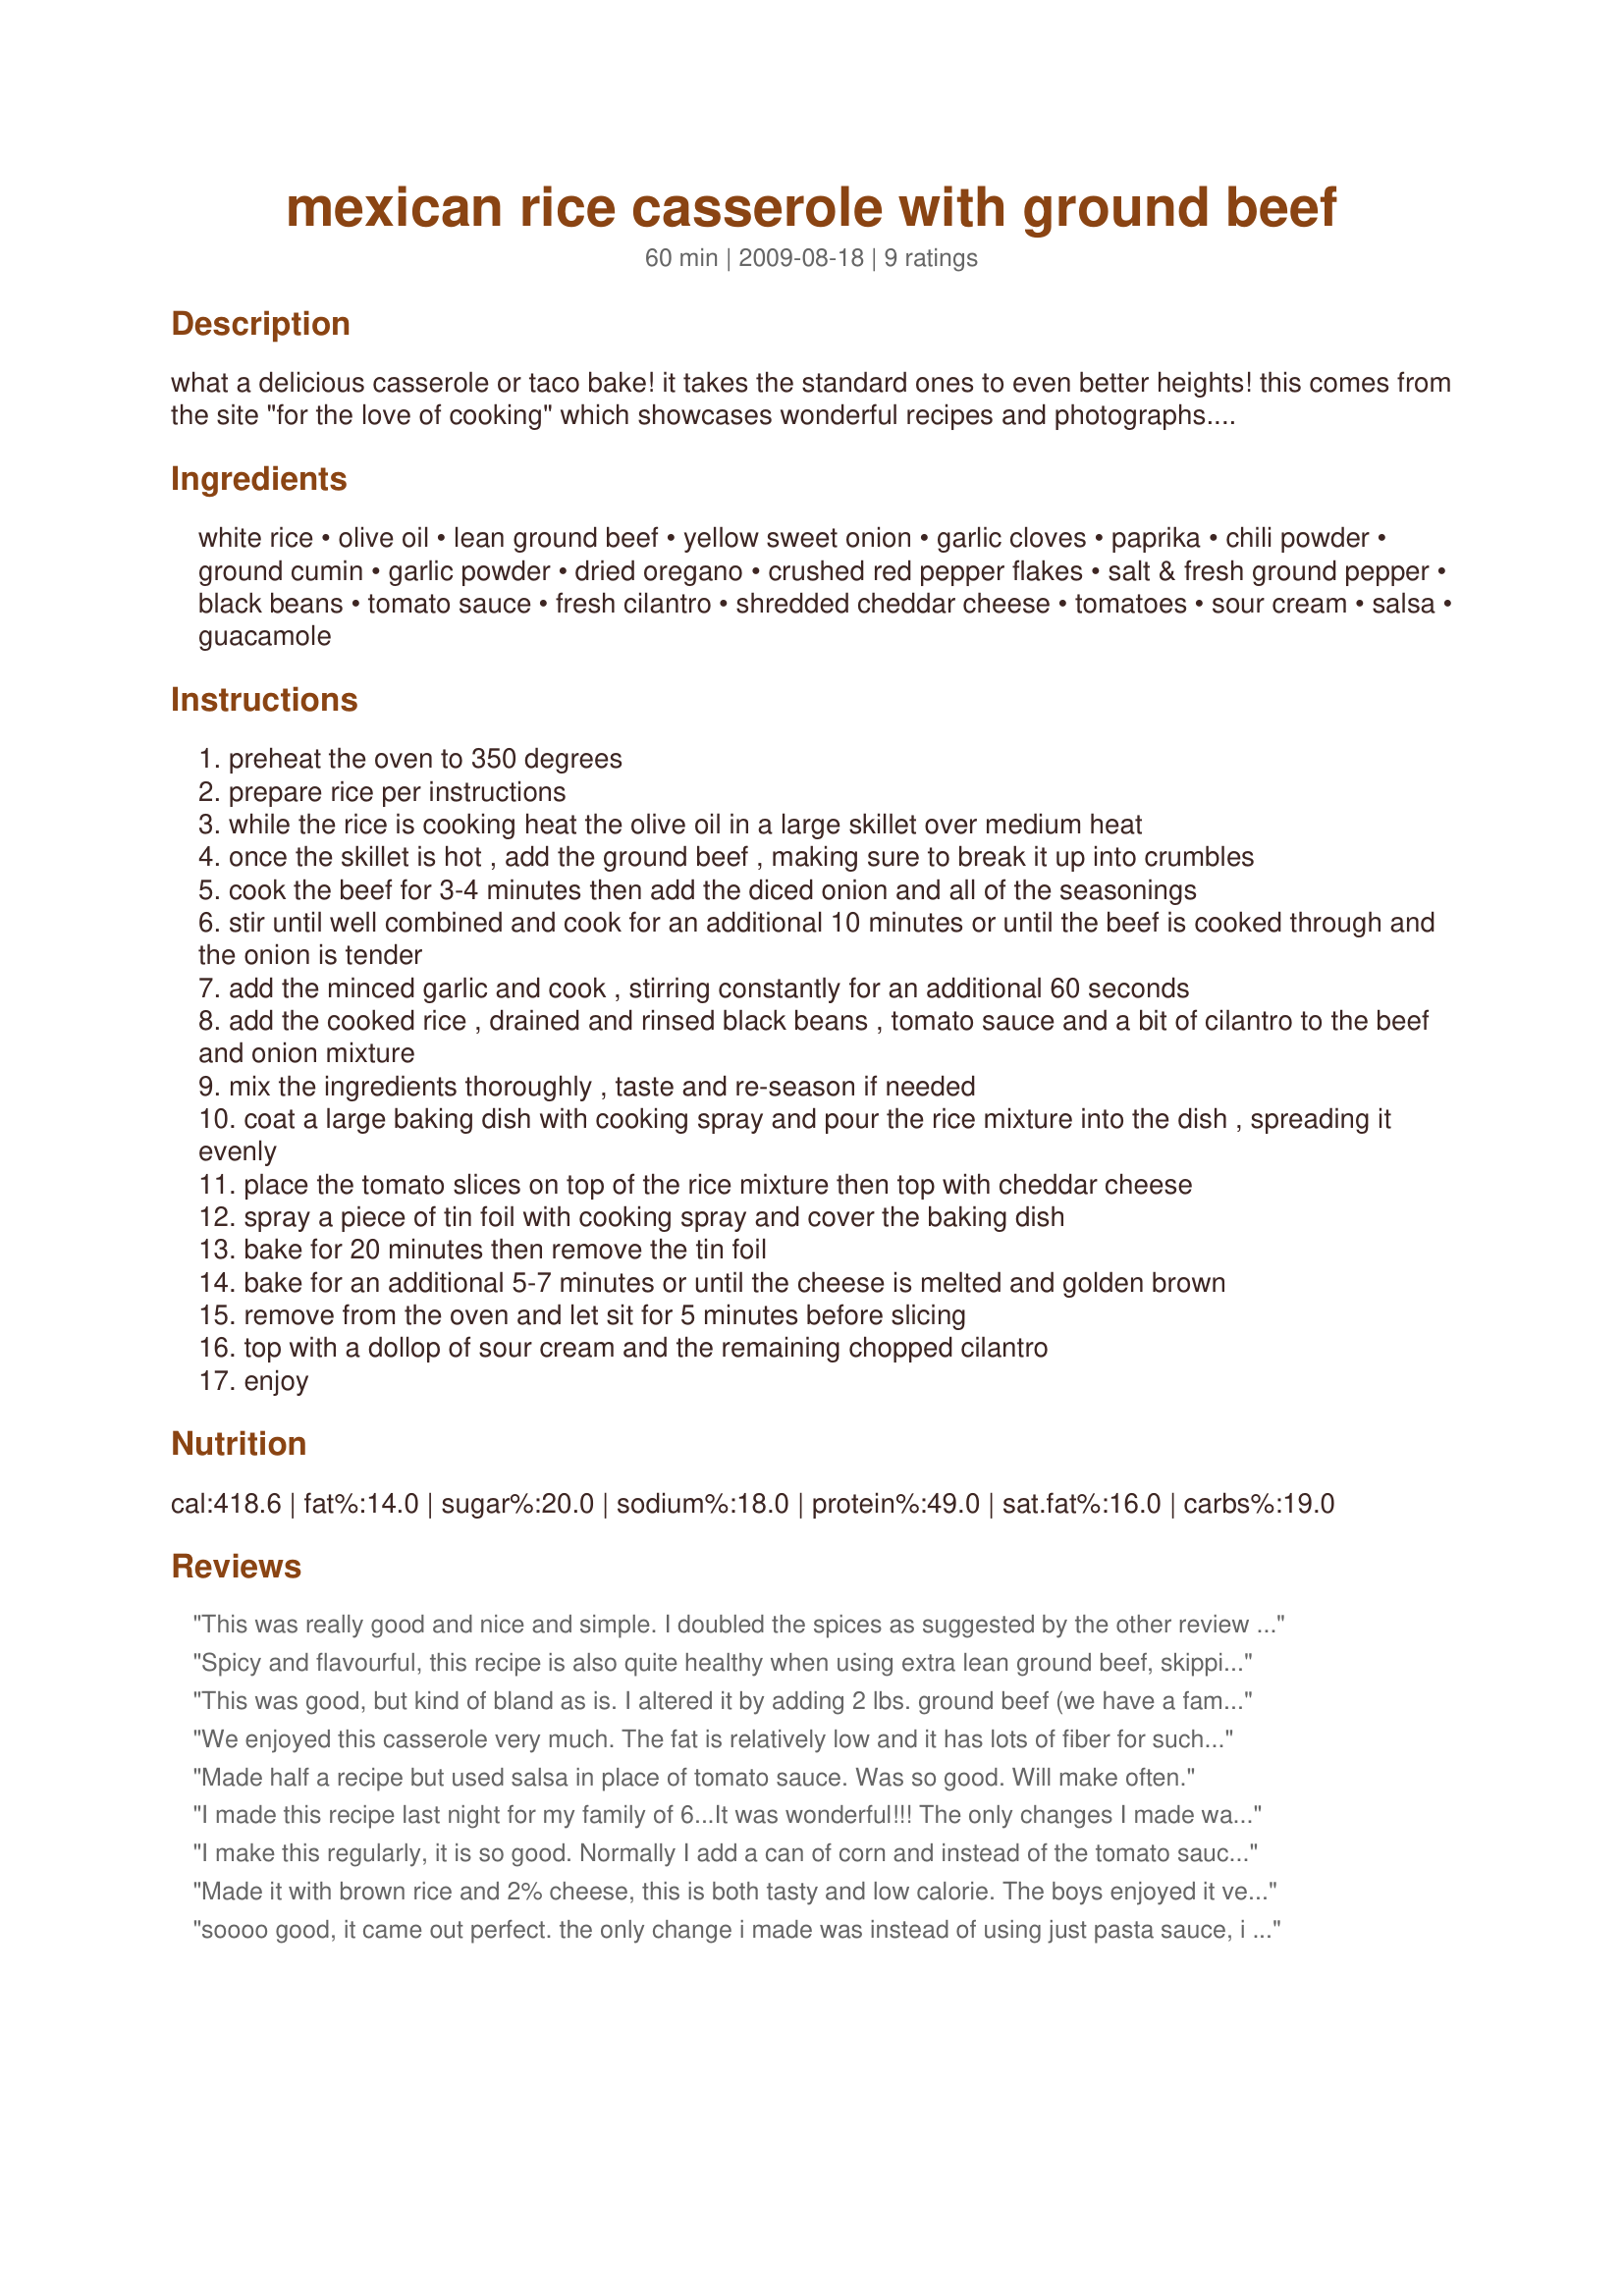
mexican rice casserole with ground beef
Preparation time: 60 minutes

what a delicious casserole or taco bake! it takes the standard ones to even better heights!

this comes from the site "for the love of cooking" which showcases wonderful recipes and photographs. luckily she is happy if we share them! http://fortheloveofcooking-recipes.blogspot.com/

Ingredients:
white rice, olive oil, lean ground beef, yellow sweet onion, garlic cloves, paprika, chili powder, ground cumin, garlic powder, dried oregano, crushed red pepper flakes, salt & fresh ground pepper, black beans, tomato sauce, fresh cilantro, shredded cheddar cheese, tomatoes, sour cream, salsa, guacamole

Steps:
preheat the oven to 350 degrees
prepare rice per instructions
while the rice is cooking heat the olive oil in a large skillet over medium heat
once the skillet is hot , add the ground beef , making sure to break it up into crumbles
cook the beef for 3-4 minutes then add the diced onion and all of the seasonings
stir until well combined and cook for an additional 10 minutes or until the beef is cooked through and the onion is tender
add the minced garlic and cook , stirring constantly for an additional 60 seconds
add the cooked rice , drained and rinsed black beans , tomato sauce and a bit of cilantro to the beef and onion mixture
mix the ingredients thoroughly , taste and re-season if needed
coat a large baking dish with cooking spray and pour the rice mixture into the dish , spreading it evenly
place the tomato slices on top of the rice mixture then top with cheddar cheese
spray a piece of tin foil with cooking spray and cover the baking dish
bake for 20 minutes then remove the tin foil
bake for an additional 5-7 minutes or until the cheese is melted and golden brown
remove from the oven and let sit for 5 minutes before slicing
top with a dollop of sour cream and the remaining chopped cilantro
enjoy

Reviews:
This was really good and nice and simple. I doubled the spices as suggested by the other review and I used ground turkey (just because that's what we prefer to eat). I served it to my family with taco shells and we just stuffed the tacos with the casserole and topped with sour cream, guac, and salsa. Delicious meal :)
Spicy and flavourful, this recipe is also quite healthy when using extra lean ground beef, skipping the oil and using low fat cheese. We all really liked this and found that it wasn't bland at all. We topped our servings with some diced avocado and a dollop of sour cream. Made for PRMR tag game. Thanks MarraMamba! :)
This was good, but kind of bland as is. I altered it by adding 2 lbs. ground beef (we have a family of 6), and it made it a little more hardy. It also helped not to cook the rice completely or it ends up too mush after the casserole is cooked. I also used 2 TBS each chili powder and cumin, 2 tsp oregano, 2 tsp paprika, a can of mild green chiles, a can of diced tomatoes, 8 oz. can (instead of 15 oz) of tomato sauce. Top w/ chopped green onions, crushed tortilla chips and guacamole and sour cream.
We enjoyed this casserole very much. The fat is relatively low and it has lots of fiber for such a tasty, filling and comforting meal. I didn't have black beans and had to use the white beans I had in the pantry. I also used some fresh Roma tomatoes with a little water, crushed, instead of the tomato sauce. I subbed brown rice for white rice. The only thing I would do differently next time is to double the spices to kick up the flavor more - there's a lot of rice and beans in this recipe to be flavored. (Also, living in Texas, we're used to bold flavors!) We did serve it with salsa, but chose not to garnish with the higher calorie sour cream and guacamole. If serving company, I would add them. Made for PAC Fall 2009.
Made half a recipe but used salsa in place of tomato sauce. Was so good. Will make often.
I made this recipe last night for my family of 6...It was wonderful!!! The only changes I made was omitting the cilantro and I didn&#039;t top it with tomatoes. I don&#039;t really like the taste of cilantro and I didn&#039;t have any tomatoes. I used one bag of &quot;Boil in Bag&quot; rice which was the perfect serving for the recipe and I used a mexican blend cheese. I served it with garlic toast and a green salad. There was no leftovers at all. I will definitely make this casserole again and again. Thank you for a great recipe.
I make this regularly, it is so good. Normally I add a can of corn and instead of the tomato sauce, I use salsa.
Made it with brown rice and 2% cheese, this is both tasty and low calorie. The boys enjoyed it very much, as did I
soooo good, it came out perfect. the only change i made was instead of using just pasta sauce, i used enchilada sauce. but i didn&#039;t mix it in with the mixture, i laid the mixture in the pan and then poured the enchilada sauce over it, then topped with mexican style cheese. omg sooo good!!
